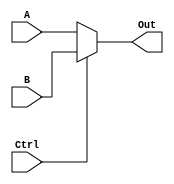
module mux_5bit( A , B, Ctrl, Out);

    parameter bit_size = 5;

	input  [bit_size-1:0] A , B;
	input  Ctrl;
	output [bit_size-1:0] Out;

	assign Out = (Ctrl) ? B : A; //If Ctrl = 0 Out = A else  Ctrl = 1 Out = B
	
endmodule